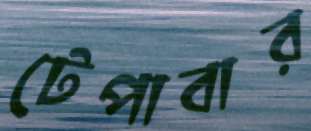
টেপাবার